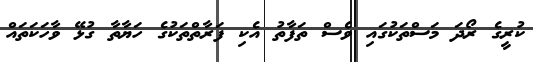
ކުރީގެ ރޯދަ މަސްތަކުގައި ވެސް ތަފާތު އެކި ފަރާތްތަކުގެ ހަޔާތާ ގުޅޭ ވާހަކަތައް